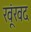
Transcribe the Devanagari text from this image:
खूंखद